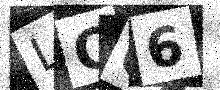
Text: LQ66